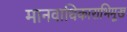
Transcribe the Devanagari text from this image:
मानवाधिकाराभिमूख